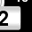
Digit: 2